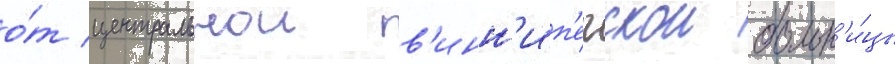
о́т центральнои в'инн'ип'егскои больн'и́цы